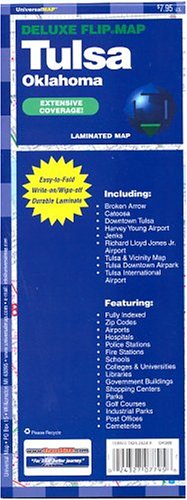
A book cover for Tulsa, Ok (Deluxe City Flip Map); Universal Map; Travel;